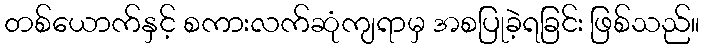
တစ်ယောက်နှင့် စကားလက်ဆုံကျရာမှ အစပြုခဲ့ရခြင်း ဖြစ်သည်။